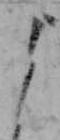
よ